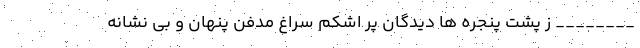
________ ز پشت پنجره ها دیدگان پر اَشکم سراغ مدفن پنهان و بی نشانه